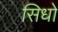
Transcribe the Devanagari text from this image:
सिधो